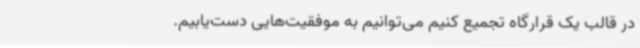
در قالب یک قرارگاه تجمیع کنیم می‌توانیم به موفقیت‌هایی دست‌یابیم.